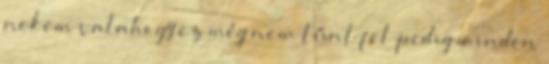
nekem valahogy ez még nem tűnt fel pedig minden